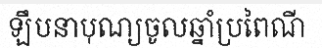
ឡឹបនាបុណ្យចូលឆ្នាំប្រពៃណី